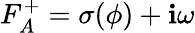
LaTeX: F_{A}^{+}=\sigma(\phi)+\mathbf{i}\omega